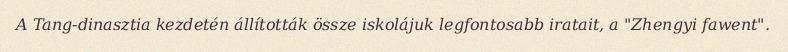
A Tang-dinasztia kezdetén állították össze iskolájuk legfontosabb iratait, a "Zhengyi fawent".